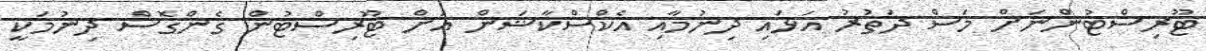
ޓޫރިސްޓުންނަށް މަސް ދަތުރު އަޅައި ދިނުމާއި އެކްސްކާޝަން އަށް ޓޫރިސްޓުން ގެންގޮސް ދިނުމަކީ